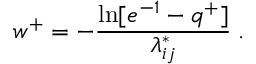
w ^ { + } = - \frac { \ln [ e ^ { - 1 } - q ^ { + } ] } { \lambda _ { i j } ^ { * } } \; .